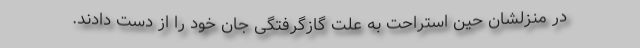
در منزلشان حین استراحت به علت گازگرفتگی جان خود را از دست دادند.